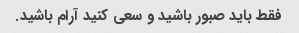
فقط باید صبور باشید و سعی کنید آرام باشید.